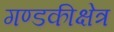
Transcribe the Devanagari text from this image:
गण्डकीक्षेत्र